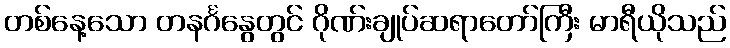
တစ်နေ့သော တနင်္ဂနွေတွင် ဂိုဏ်းချုပ်ဆရာတော်ကြီး မာရီယိုသည်